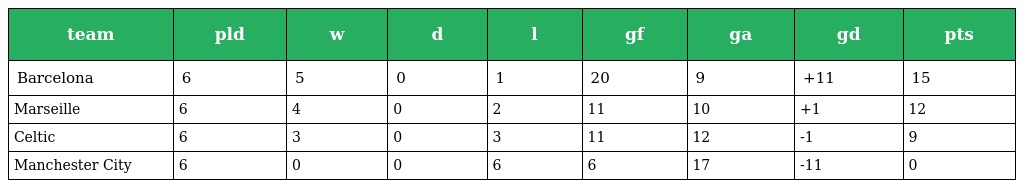
| team | pld | w | d | l | gf | ga | gd | pts |
 | --- | --- | --- | --- | --- | --- | --- | --- | --- |
 | Barcelona | 6 | 5 | 0 | 1 | 20 | 9 | +11 | 15 |
 | Marseille | 6 | 4 | 0 | 2 | 11 | 10 | +1 | 12 |
 | Celtic | 6 | 3 | 0 | 3 | 11 | 12 | -1 | 9 |
 | Manchester City | 6 | 0 | 0 | 6 | 6 | 17 | -11 | 0 |